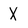
Character: X